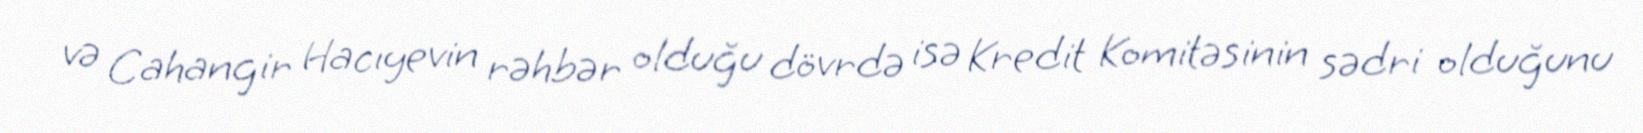
və Cahangir Hacıyevin rəhbər olduğu dövrdə isə Kredit Komitəsinin sədri olduğunu